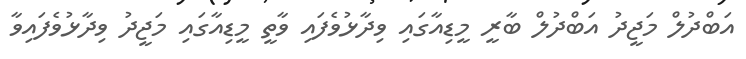
އަބްދުލް މަޖީދު އަބްދުލް ބާރީ މީޑިއާގައި ވިދާޅުވެފައި ވާތީ މީޑިއާގައި މަޖީދު ވިދާޅުވެފައިވާ